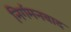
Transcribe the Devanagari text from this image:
निर्गमनवाद